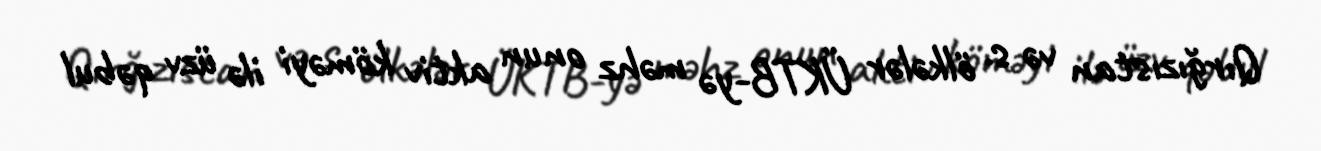
Qırğızıstan və s. ölkələr ÜKTB-yə məhz onun aktiv köməyi ilə üzv qəbul